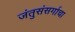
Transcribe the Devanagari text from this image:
जंतुसंसर्गाचा